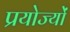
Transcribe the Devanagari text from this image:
प्रयोज्यों